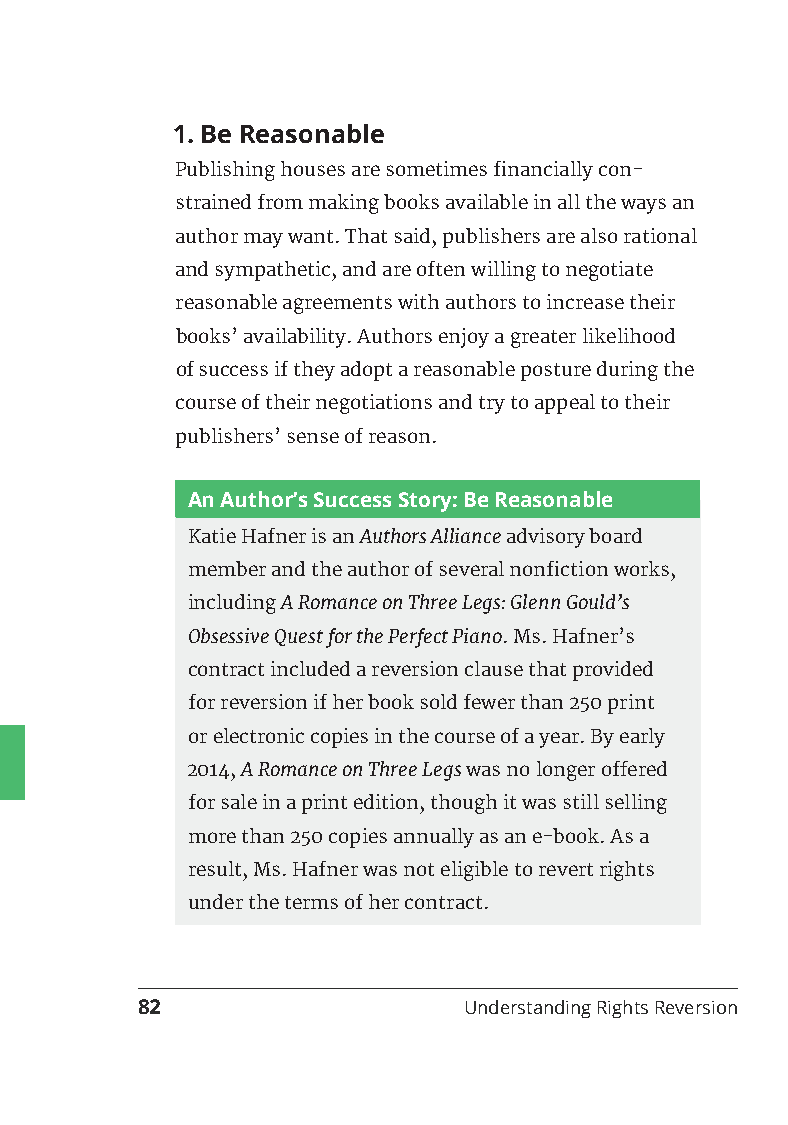
1. Be Reasonable
 Publishing houses are sometimes financially con-
 strained from making books available in all the ways an
 author may want. That said, publishers are also rational
 and sympathetic, and are often willing to negotiate
 reasonable agreements with authors to increase their
 books’ availability. Authors enjoy a greater likelihood
 of success if they adopt a reasonable posture during the
 course of their negotiations and try to appeal to their
 publishers’ sense of reason.
 An Author’s Success Story: Be Reasonable
 Katie Hafner is an Authors Alliance advisory board
 member and the author of several nonfiction works,
 including A Romance on Three Legs: Glenn Gould’s
 Obsessive Quest for the Perfect Piano. Ms. Hafner’s
 contract included a reversion clause that provided
 for reversion if her book sold fewer than 250 print
 or electronic copies in the course of a year. By early
 2014, A Romance on Three Legs was no longer offered
 for sale in a print edition, though it was still selling
 more than 250 copies annually as an e-book. As a
 result, Ms. Hafner was not eligible to revert rights
 under the terms of her contract.
 82                    Understanding Rights Reversion